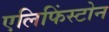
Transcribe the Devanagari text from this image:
एलिफिंस्टोन